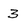
Character: 3